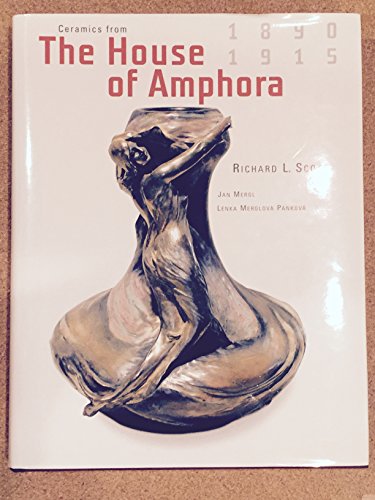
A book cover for Ceramics From The House Of Amphora 1890-1915; Richard L. Scott; Crafts, Hobbies & Home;